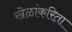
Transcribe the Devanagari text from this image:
खेळांकरिता